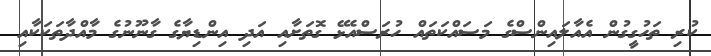
ކުރި ތަހުގީގުން އެއާލައިންސްގެ މަސައްކަތައް ހުރަސްއެޅޭ ގޮތަށާއި އަދި އިންޑިޔާގެ ގާނޫނުގެ މާއްދާތަކަކާއި